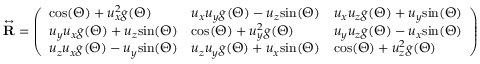
\overset \leftrightarrow { \mathbf { R } } = \left( \begin{array} { l l l } { \mathrm { c o s } ( \Theta ) + u _ { x } ^ { 2 } g ( \Theta ) } & { u _ { x } u _ { y } g ( \Theta ) - u _ { z } \mathrm { s i n } ( \Theta ) } & { u _ { x } u _ { z } g ( \Theta ) + u _ { y } \mathrm { s i n } ( \Theta ) } \\ { u _ { y } u _ { x } g ( \Theta ) + u _ { z } \mathrm { s i n } ( \Theta ) } & { \mathrm { c o s } ( \Theta ) + u _ { y } ^ { 2 } g ( \Theta ) } & { u _ { y } u _ { z } g ( \Theta ) - u _ { x } \mathrm { s i n } ( \Theta ) } \\ { u _ { z } u _ { x } g ( \Theta ) - u _ { y } \mathrm { s i n } ( \Theta ) } & { u _ { z } u _ { y } g ( \Theta ) + u _ { x } \mathrm { s i n } ( \Theta ) } & { \mathrm { c o s } ( \Theta ) + u _ { z } ^ { 2 } g ( \Theta ) } \end{array} \right)